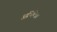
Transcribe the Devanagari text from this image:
अभिषेका